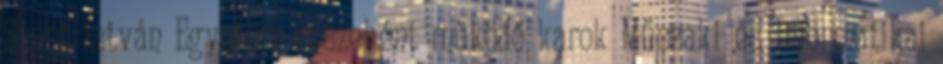
Szent István Egyetem részeként működő karok Műszaki és Informatikai